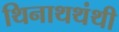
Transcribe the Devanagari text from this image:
थिनाथथंथी